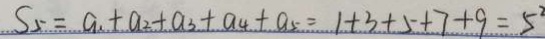
S _ { 5 } = a _ { 1 } + a _ { 2 } + a _ { 3 } + a _ { 4 } + a _ { 5 } = 1 + 3 + 5 + 7 + 9 = 5 ^ { 2 }